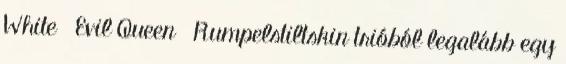
White Evil Queen Rumpelstiltskin trióból legalább egy